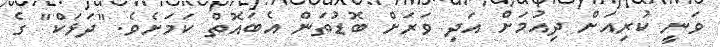
ވަނީ ކުރިއަށް ދިއުމަށް އަދި ވަރަށް ބޮޑުތަން އެބައޮތް ކަމަށެވެ. "ދަޅަކް" ގެ